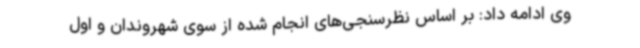
وی ادامه داد: بر اساس نظرسنجی‌های انجام شده از سوی شهروندان و اول